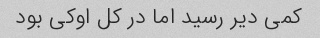
کمی دیر رسید اما در کل اوکی بود